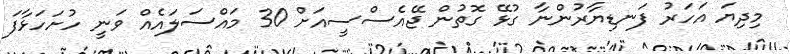
މިދިޔަ އަހަރު ފަނޑިޔާރުންނާ ގުޅޭ ގޮތުން ޖޭއެސްސީއަށް 30 މައްސަލައެއް ވަނީ ހުށަހަޅާފަ